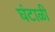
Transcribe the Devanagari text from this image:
घंटाळी